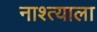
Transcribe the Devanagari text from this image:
नाश्त्याला